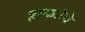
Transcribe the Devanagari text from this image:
हाफतेचे